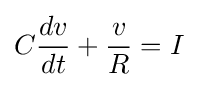
C{\frac {dv}{dt}}+{\frac {v}{R}}=I